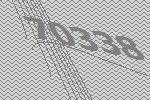
70338